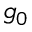
g _ { 0 }